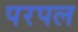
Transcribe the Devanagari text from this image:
परपल